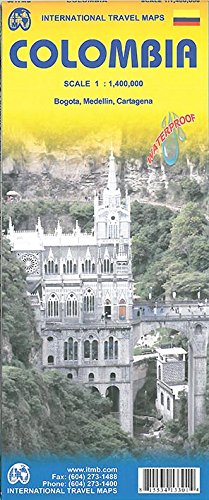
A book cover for Colombia Travel Reference Map 1:1,400,000 2014; International Travel Maps; Travel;